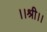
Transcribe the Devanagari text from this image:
।।श्री।।